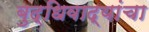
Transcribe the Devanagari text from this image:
बुद्धिवाद्यांचा